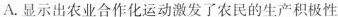
A.显示出农业合作化运动激发了农民的生产积极性